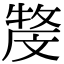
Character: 𤚓